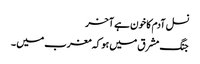
نسل آدم کا خون ہے آخر
جنگ مشرق میں ہو کہ مغرب میں ۔